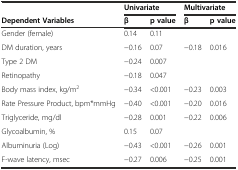
<table><thead><tr><td></td><td colspan="2"><b>Univariate</b></td><td colspan="2"><b>Multivariate</b></td></tr><tr><td><b>Dependent Variables</b></td><td><b>β</b></td><td><b>p value</b></td><td><b>β</b></td><td><b>p value</b></td></tr></thead><tbody><tr><td>Gender (female)</td><td>0.14</td><td>0.11</td><td></td><td></td></tr><tr><td>DM duration, years</td><td>−0.16</td><td>0.07</td><td>−0.18</td><td>0.016</td></tr><tr><td>Type 2 DM</td><td>−0.24</td><td>0.007</td><td></td><td></td></tr><tr><td>Retinopathy</td><td>−0.18</td><td>0.047</td><td></td><td></td></tr><tr><td>Body mass index, kg/m<sup>2</sup></td><td>−0.34</td><td>&lt;0.001</td><td>−0.23</td><td>0.003</td></tr><tr><td>Rate Pressure Product, bpm*mmHg</td><td>−0.40</td><td>&lt;0.001</td><td>−0.20</td><td>0.016</td></tr><tr><td>Triglyceride, mg/dl</td><td>−0.28</td><td>0.001</td><td>−0.22</td><td>0.006</td></tr><tr><td>Glycoalbumin, %</td><td>0.15</td><td>0.07</td><td></td><td></td></tr><tr><td>Albuminuria (Log)</td><td>−0.43</td><td>&lt;0.001</td><td>−0.26</td><td>0.001</td></tr><tr><td>F-wave latency, msec</td><td>−0.27</td><td>0.006</td><td>−0.25</td><td>0.001</td></tr></tbody></table>